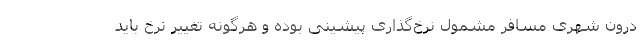
درون شهری مسافر مشمول نرخ‌گذاری پیشینی بوده و هرگونه تغییر نرخ باید